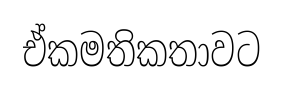
ඒකමතිකතාවට